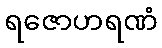
ရဇောဟရဏံ